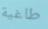
طاغية